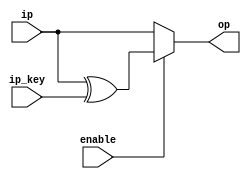
module AddRndKey_top(
input [127:0] ip,
input [127:0] ip_key,
input enable,
output [127:0] op
);

 wire[127:0] temp; //The data is stored here until 
                        //specified that it should be moved to the output
 
 
  //This step performs the XOR operation
   
    assign temp = ip ^ ip_key;
  
 
  //This block is used to move the data from temp to the output on the clock
   assign op = enable? temp:ip;
endmodule